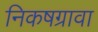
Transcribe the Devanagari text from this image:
निकषग्रावा